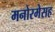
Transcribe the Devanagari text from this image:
मनोरमेसह